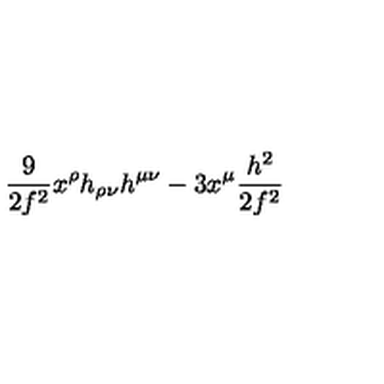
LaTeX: { \frac { 9 } { 2 f ^ { 2 } } } x ^ { \rho } h _ { \rho \nu } h ^ { \mu \nu } - 3 x ^ { \mu } { \frac { h ^ { 2 } } { 2 f ^ { 2 } } }